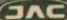
SAC